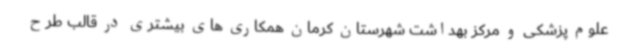
علوم پزشکی و مرکز بهداشت شهرستان کرمان همکاری های بیشتری در قالب طرح